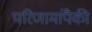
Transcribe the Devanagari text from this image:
परिणामांपैकी